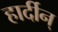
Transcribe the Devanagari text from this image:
हार्दीन्